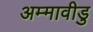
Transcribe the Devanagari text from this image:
अम्मावीडु